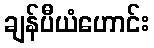
ချန်ပီယံဟောင်း